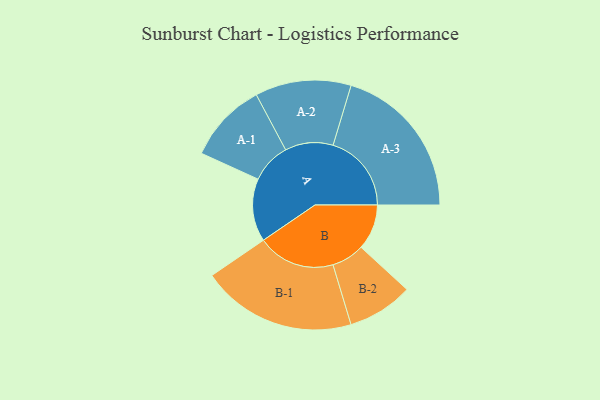
{"axis": {"x": "Segment", "y": "Value"}, "legend": ["", "A", "B"], "data": [{"x": "A", "y": 232, "type": ""}, {"x": "B", "y": 168, "type": ""}, {"x": "A-1", "y": 148, "type": "A"}, {"x": "A-2", "y": 177, "type": "A"}, {"x": "A-3", "y": 289, "type": "A"}, {"x": "B-1", "y": 286, "type": "B"}, {"x": "B-2", "y": 121, "type": "B"}]}